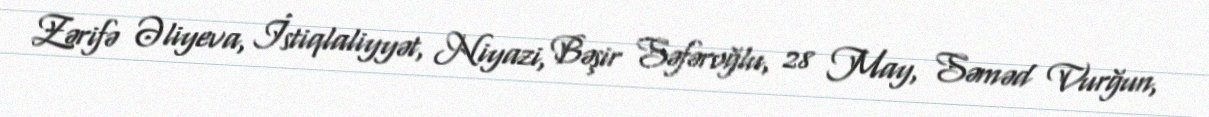
Zərifə Əliyeva, İstiqlaliyyət, Niyazi, Bəşir Səfəroğlu, 28 May, Səməd Vurğun,